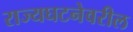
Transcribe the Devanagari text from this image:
राज्यघटनेवरील